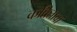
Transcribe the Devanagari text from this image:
कवितावां